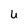
Character: u